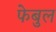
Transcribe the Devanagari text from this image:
फेबुल